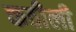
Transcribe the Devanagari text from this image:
कठीली